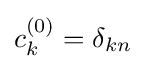
c_{k}^{(0)}=\delta _{kn}